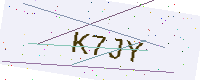
Text: K7JY